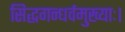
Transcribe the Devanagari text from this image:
सिद्धगन्धर्वमुख्याः।